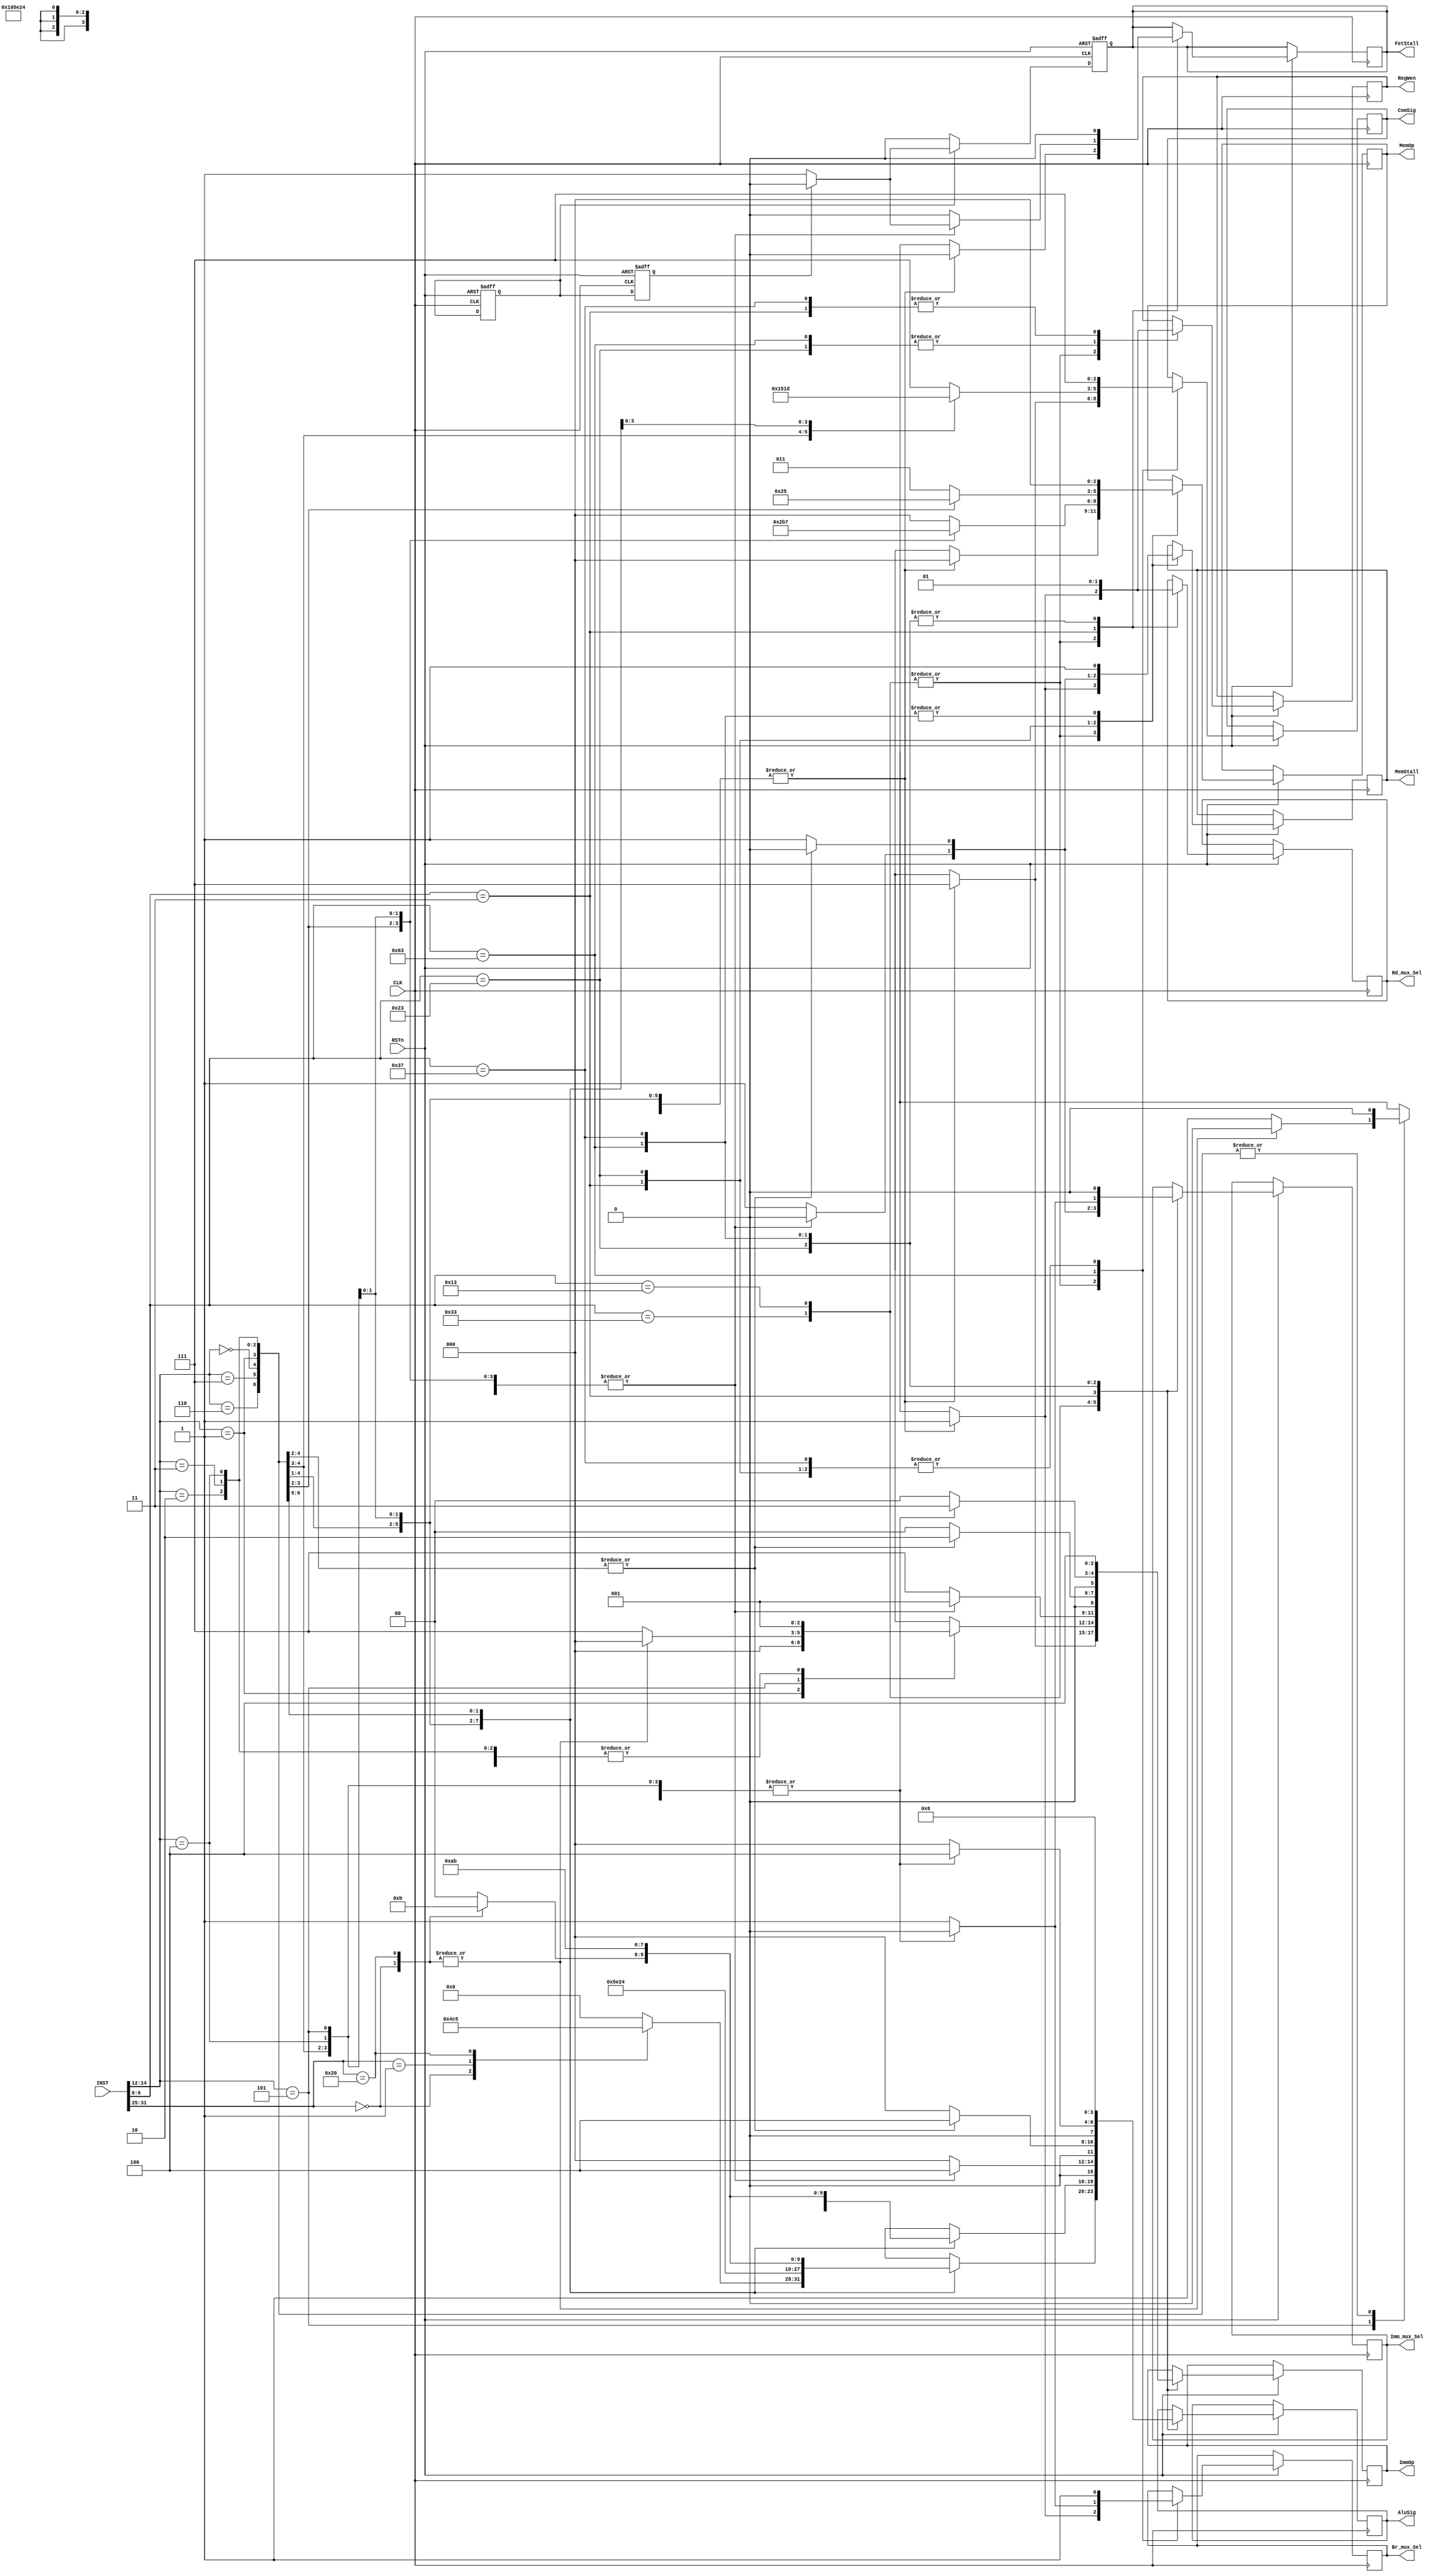
//************************decode************************//
module decode(
	input 				CLK,
	input 				RSTn,
	input  	   [31:0] 	INST,        //instruction
	output reg [ 2:0] 	ImmOp,       //control ImmGen module
	output reg 			RegWen,      //control regfile module
	output reg [ 2:0] 	ComSig,      //control compare module
	output reg [ 3:0] 	AluSig,      //control alu module
	output reg [ 2:0] 	MemOp,       //control mem_wr(DMEM) module
	output reg 			MemStall,    //control mem_wr(DMEN) module stall signal 
	output reg 			FetStall,    //control fetch module stall signal
	output reg 			Imm_mux_Sel, //control rs2 & imm mux
	output reg 			Br_mux_Sel,  //control rs1 & PC mux
	output reg 			Rd_mux_Sel   //control rd & Rdata mux

);


//*******************instruction Op def****************//
localparam Rtype  = 7'b0110011;
localparam Itype1 = 7'b0010011;
localparam Itype2 = 7'b0000011;
localparam Stype  = 7'b0100011;
localparam Btype  = 7'b1100011;
localparam Utype  = 7'b0110111;


//**********************Funct3 def********************//
localparam Funct3_0 = 3'b000;//Rtype add mul sub;	Itype1 addi;     	Itype2 lb; Stype sb; 	Btype beq  
localparam Funct3_1 = 3'b001;//Rtype sll ;       	Itype1 Slli;     	Itype2 lh; Stype sh; 	Btype bne
localparam Funct3_2 = 3'b010;//Rtype slt;        	Itype1 slti;     	Itype2 lw; Stype sw; 	
localparam Funct3_3 = 3'b011;//Rtype sltu;       	Itype1 sltiu;	 						 	
localparam Funct3_4 = 3'b100;//Rtype xor;        	Itype1 xori;     	Itype2 lbu;          	Btype blt
localparam Funct3_5 = 3'b101;//Rtype sra srl;    	Itype1 srai srli;	Itype2 lhu;          	Btype bge 
localparam Funct3_6 = 3'b110;//Rtype or;         	Itype1 ori;                           	 	Btype bltu
localparam Funct3_7 = 3'b111;//Rtype and;        	Itype1 addi;                          	 	Btype bgeu     


//**********************Funct7 def********************//
localparam Funct7_0 = 7'b0000000;
localparam Funct7_1 = 7'b0000001;
localparam Funct7_2 = 7'b0100000;


reg FetStall1;
reg FetStall2;


//************************Main************************//
always @(posedge CLK or negedge RSTn) 
begin
	if (!RSTn) 
		begin
			FetStall2 <= 0;		
		end
	else 
		begin
			FetStall2 <= FetStall1;	
		end
end

always @(posedge CLK or negedge RSTn) 
begin
	if (!RSTn) 
		begin
			FetStall <= 0;		
		end
	else if (FetStall1 == 1) 
		begin
			FetStall <= (FetStall2 == 0) ? 1 : 0;
		end
	else
		FetStall <= 0;
end


always@(posedge CLK or negedge RSTn)
  	begin
  		if (!RSTn)
  		begin
  			FetStall1 <=1'b0;
  			
			end
  		else
  			begin
  				case(INST[6:0])
  	  				Rtype :
  	    				begin
  	      					case(INST[14:12])
  	        					Funct3_0: //add mul sub
  	          						begin
  	            						case(INST[31:25])
  	              							Funct7_0: //add
  	                							begin
  	                  								ImmOp		<= 3'b111;
  	                  								RegWen		<= 1;
  	                  								ComSig		<= 3'b111;
  	                  								Imm_mux_Sel	<= 1;
  	                  								Br_mux_Sel	<= 1;
  	                  								AluSig		<= 4'b0100;
  	                  								Rd_mux_Sel	<= 1;
  	                  								MemOp		<= 3'b000;
  	                  								MemStall	<= 1;
  	                  								FetStall 	<= 0;
  	                  
  	                							end
  	              							Funct7_1: //mul
  	              							  	begin
  	              							  	  	ImmOp		<= 3'b111;
  	              							  	  	RegWen		<= 1;
  	              							  	  	ComSig		<= 3'b111;
  	              							  	  	Imm_mux_Sel	<= 1;
  	              							  	  	Br_mux_Sel	<= 1;
  	              							  	  	AluSig		<= 4'b1100;
  	              							  	  	Rd_mux_Sel	<= 1;
  	              							  	  	MemOp		<= 3'b000;
  	              							  	  	MemStall	<= 1;
  	              							  	  	FetStall 	<= 0;
  	              							  	end
  	              							Funct7_2: //sub
  	              							  	begin
  	              							  	  	ImmOp		<= 3'b111;
  	              							  	  	RegWen		<= 1;
  	              							  	  	ComSig		<= 3'b111;
  	              							  	  	Imm_mux_Sel	<= 1;
  	              							  	  	Br_mux_Sel	<= 1;
  	              							  	  	AluSig		<= 4'b0101;
  	              							  	  	Rd_mux_Sel	<= 1;
  	              							  	  	MemOp		<= 3'b000;
  	              							  	  	MemStall	<= 1;
  	              							  	  	FetStall 	<= 0;
  	              							  	end 
  	              							default:
  	              							  	begin
  	              							  	  	ImmOp		<= 3'b111;
  	              							  	  	RegWen		<= 1;
  	              							  	  	ComSig		<= 3'b111;
  	              							  	  	Imm_mux_Sel	<= 1;
  	              							  	  	Br_mux_Sel	<= 1;
  	              							  	  	AluSig		<= 4'b0000;
  	              							  	  	Rd_mux_Sel	<= 1;
  	              							  	  	MemOp		<= 3'b000;
  	              							  	  	MemStall	<= 1;
  	              							  	  	FetStall 	<= 0;
  	              							  	end           
  	            						endcase 
  	          						end
  	        					Funct3_1: //sll
  	        					  	begin
  	        					  	  	ImmOp		<= 3'b111;
  	        					  	  	RegWen		<= 1;
  	        					  	  	ComSig		<= 3'b111;
  	        					  	  	Imm_mux_Sel	<= 1;
  	        					  	  	Br_mux_Sel	<= 1;
  	        					  	  	AluSig		<= 4'b0001;
  	        					  	  	Rd_mux_Sel	<= 1;
  	        					  	  	MemOp		<= 3'b000;
  	        					  	  	MemStall	<= 1;
  	        					  	  	FetStall 	<= 0;
  	        					  	end
  	        					Funct3_2: //slt
  	        					  	begin
  	        					  	  	ImmOp		<= 3'b111;
  	        					  	  	RegWen		<= 1;
  	        					  	  	ComSig		<= 3'b111;
  	        					  	  	Imm_mux_Sel	<= 1;
  	        					  	  	Br_mux_Sel	<= 1;
  	        					  	  	AluSig		<= 4'b0111;
  	        					  	  	Rd_mux_Sel	<= 1;
  	        					  	  	MemOp		<= 3'b000;
  	        					  	  	MemStall	<= 1;
  	        					  	  	FetStall 	<= 0;
  	        					  	end
  	        					Funct3_3: //sltu
  	        					  	begin
  	        					  	  	ImmOp		<= 3'b111;
  	        					  	  	RegWen		<= 1;
  	        					  	  	ComSig		<= 3'b111;
  	        					  	  	Imm_mux_Sel	<= 1;
  	        					  	  	Br_mux_Sel	<= 1;
  	        					  	  	AluSig		<= 4'b1000;
  	        					  	  	Rd_mux_Sel	<= 1;
  	        					  	  	MemOp		<= 3'b000;
  	        					  	  	MemStall	<= 1;
  	        					  	  	FetStall 	<= 0;
  	        					  	end
  	        					Funct3_4: //xor
  	        					  	begin
  	        					  	  	ImmOp		<= 3'b111;
  	        					  	  	RegWen		<= 1;
  	        					  	  	ComSig		<= 3'b111;
  	        					  	  	Imm_mux_Sel	<= 1;
  	        					  	  	Br_mux_Sel	<= 1;
  	        					  	  	AluSig		<= 4'b1001;
  	        					  	  	Rd_mux_Sel	<= 1;
  	        					  	  	MemOp		<= 3'b000;
  	        					  	  	MemStall	<= 1;
  	        					  	  	FetStall 	<= 0;
  	        					  	end            
  	        					 
  	        					Funct3_5: //sra srl
  	        					  	case(INST[31:25])
  	        					  	  	Funct7_0: //srl
  	        					  	  	  	begin
  	        					  	  	  	  	ImmOp		<= 3'b111;
  	        					  	  	  	  	RegWen		<= 1;
  	        					  	  	  	  	ComSig		<= 3'b111;
  	        					  	  	  	  	Imm_mux_Sel	<= 1;
  	        					  	  	  	  	Br_mux_Sel	<= 1;
  	        					  	  	  	  	AluSig		<= 4'b0010;
  	        					  	  	  	  	Rd_mux_Sel	<= 1;
  	        					  	  	  	  	MemOp		<= 3'b000;
  	        					  	  	  	  	MemStall	<= 1; 
  	        					  	  	  	  	FetStall 	<= 0;                
  	        					  	  	  	end
  	        					  	  	Funct7_2: //sra
  	        					  	  	  	begin
  	        					  	  	  	  	ImmOp		<= 3'b111;
  	        					  	  	  	  	RegWen		<= 1;
  	        					  	  	  	  	ComSig		<= 3'b111;
  	        					  	  	  	  	Imm_mux_Sel	<= 1;
  	        					  	  	  	  	Br_mux_Sel	<= 1;
  	        					  	  	  	  	AluSig		<= 4'b0011;
  	        					  	  	  	  	Rd_mux_Sel	<= 1;
  	        					  	  	  	  	MemOp		<= 3'b000;
  	        					  	  	  	  	MemStall	<= 1; 
  	        					  	  	  	  	FetStall 	<= 0;                         
  	        					  	  	  	end
  	        					  	  	default:
  	        					  	  	  	begin
  	        					  	  	  	  	ImmOp		<= 3'b111;
  	        					  	  	  	  	RegWen		<= 1;
  	        					  	  	  	  	ComSig		<= 3'b111;
  	        					  	  	  	  	Imm_mux_Sel	<= 1;
  	        					  	  	  	  	Br_mux_Sel	<= 1;
  	        					  	  	  	  	AluSig		<= 4'b0000;
  	        					  	  	  	  	Rd_mux_Sel	<= 1;
  	        					  	  	  	  	MemOp		<= 3'b000;
  	        					  	  	  	  	MemStall	<= 1; 
  	        					  	  	  	  	FetStall 	<= 0;                       
  	        					  	  	  	end
  	        					  endcase
  	        					Funct3_6: //or
  	        					  	begin
  	        					  	  	ImmOp		<= 3'b111;
  	        					  	  	RegWen		<= 1;
  	        					  	  	ComSig		<= 3'b111;
  	        					  	  	Imm_mux_Sel	<= 1;
  	        					  	  	Br_mux_Sel	<= 1;
  	        					  	  	AluSig		<= 4'b1010;
  	        					  	  	Rd_mux_Sel	<= 1;
  	        					  	  	MemOp		<= 3'b000;
  	        					  	  	MemStall	<= 1;
  	        					  	  	FetStall 	<= 0;
  	        					  	end              
  	        					Funct3_7: //and
  	        					  	begin
  	        					  	  	ImmOp		<= 3'b111;
  	        					  	  	RegWen		<= 1;
  	        					  	  	ComSig		<= 3'b111;
  	        					  	  	Imm_mux_Sel	<= 1;
  	        					  	  	Br_mux_Sel	<= 1;
  	        					  	  	AluSig		<= 4'b1011;
  	        					  	  	Rd_mux_Sel	<= 1;
  	        					  	  	MemOp		<= 3'b000;
  	        					  	  	MemStall	<= 1;
  	        					  	  	FetStall 	<= 0;
  	        					  	end                
  	      					endcase
  	    				end
  	  				Itype1:
  	  				  	begin
  	  				  	  	case(INST[14:12])
  	  				  	  	  	Funct3_0: //addi
  	  				  	  	  	  	begin
  	  				  	  	  	  	  	ImmOp		<= 3'b001;
  	  				  	  	  	  	  	RegWen		<= 1;
  	  				  	  	  	  	  	ComSig		<= 3'b111;
  	  				  	  	  	  	  	Imm_mux_Sel	<= 0;
  	  				  	  	  	  	  	Br_mux_Sel	<= 1;
  	  				  	  	  	  	  	AluSig		<= 4'b0100;
  	  				  	  	  	  	  	Rd_mux_Sel	<= 1;
  	  				  	  	  	  	  	MemOp		<= 3'b000;
  	  				  	  	  	  	  	MemStall	<= 1;
  	  				  	  	  	  	  	FetStall 	<= 0;              
  	  				  	  	  	  	end
  	  				  	  	  	Funct3_1: //slli
  	  				  	  	  	  	begin
  	  				  	  	  	  	  	ImmOp		<= 3'b000;
  	  				  	  	  	  	  	RegWen		<= 1;
  	  				  	  	  	  	  	ComSig		<= 3'b111;
  	  				  	  	  	  	  	Imm_mux_Sel	<= 0;
  	  				  	  	  	  	  	Br_mux_Sel	<= 1;
  	  				  	  	  	  	  	AluSig		<= 4'b0001;
  	  				  	  	  	  	  	Rd_mux_Sel	<= 1;
  	  				  	  	  	  	  	MemOp		<= 3'b000;
  	  				  	  	  	  	  	MemStall	<= 1; 
  	  				  	  	  	  	  	FetStall 	<= 0;             
  	  				  	  	  	  	end          
  	  				  	  	  	Funct3_2: //slti
  	  				  	  	  	  	begin
  	  				  	  	  	  	  	ImmOp		<= 3'b001;
  	  				  	  	  	  	  	RegWen		<= 1;
  	  				  	  	  	  	  	ComSig		<= 3'b111;
  	  				  	  	  	  	  	Imm_mux_Sel	<= 0;
  	  				  	  	  	  	  	Br_mux_Sel	<= 1;
  	  				  	  	  	  	  	AluSig		<= 4'b0111;
  	  				  	  	  	  	  	Rd_mux_Sel	<= 1;
  	  				  	  	  	  	  	MemOp		<= 3'b000;
  	  				  	  	  	  	  	MemStall	<= 1; 
  	  				  	  	  	  	  	FetStall 	<= 0;             
  	  				  	  	  	  	end                  
  	  				  	  	  	Funct3_3: //sltiu
  	  				  	  	  	  	begin
  	  				  	  	  	  	  	ImmOp		<= 3'b001;
  	  				  	  	  	  	  	RegWen		<= 1;
  	  				  	  	  	  	  	ComSig		<= 3'b111;
  	  				  	  	  	  	  	Imm_mux_Sel	<= 0;
  	  				  	  	  	  	  	Br_mux_Sel	<= 1;
  	  				  	  	  	  	  	AluSig		<= 4'b1000;
  	  				  	  	  	  	  	Rd_mux_Sel	<= 1;
  	  				  	  	  	  	  	MemOp		<= 3'b000;
  	  				  	  	  	  	  	MemStall	<= 1; 
  	  				  	  	  	  	  	FetStall 	<= 0;             
  	  				  	  	  	  	end                  
  	  				  	  	  	Funct3_4: //xori
  	  				  	  	  	  	begin
  	  				  	  	  	  	  	ImmOp		<= 3'b001;
  	  				  	  	  	  	  	RegWen		<= 1;
  	  				  	  	  	  	  	ComSig		<= 3'b111;
  	  				  	  	  	  	  	Imm_mux_Sel	<= 0;
  	  				  	  	  	  	  	Br_mux_Sel	<= 1;
  	  				  	  	  	  	  	AluSig		<= 4'b1001;
  	  				  	  	  	  	  	Rd_mux_Sel	<= 1;
  	  				  	  	  	  	  	MemOp		<= 3'b000;
  	  				  	  	  	  	  	MemStall	<= 1; 
  	  				  	  	  	  	  	FetStall 	<= 0;             
  	  				  	  	  	  	end                  
  	  				  	  	  	Funct3_5: //srai srli
  	  				  	  	  	  	begin
  	  				  	  	  	  	  	case(INST[31:25])
  	  				  	  	  	  	  	  	Funct7_0: //srli
  	  				  	  	  	  	  	  	  	begin
  	  				  	  	  	  	  	  	  	  	ImmOp		<= 3'b000;
  	  				  	  	  	  	  	  	  	  	RegWen		<= 1;
  	  				  	  	  	  	  	  	  	  	ComSig		<= 3'b111;
  	  				  	  	  	  	  	  	  	  	Imm_mux_Sel	<= 0;
  	  				  	  	  	  	  	  	  	  	Br_mux_Sel	<= 1;
  	  				  	  	  	  	  	  	  	  	AluSig		<= 4'b0010;
  	  				  	  	  	  	  	  	  	  	Rd_mux_Sel	<= 1;
  	  				  	  	  	  	  	  	  	  	MemOp		<= 3'b000;
  	  				  	  	  	  	  	  	  	  	MemStall	<= 1;
  	  				  	  	  	  	  	  	  	  	FetStall 	<= 0;      
  	  				  	  	  	  	  	  	  	end
  	  				  	  	  	  	  	  	Funct7_2: //srai
  	  				  	  	  	  	  	  	  	begin
  	  				  	  	  	  	  	  	  	  	ImmOp		<= 3'b000;
  	  				  	  	  	  	  	  	  	  	RegWen		<= 1;
  	  				  	  	  	  	  	  	  	  	ComSig		<= 3'b111;
  	  				  	  	  	  	  	  	  	  	Imm_mux_Sel	<= 0;
  	  				  	  	  	  	  	  	  	  	Br_mux_Sel	<= 1;
  	  				  	  	  	  	  	  	  	  	AluSig		<= 4'b0011;
  	  				  	  	  	  	  	  	  	  	Rd_mux_Sel	<= 1;
  	  				  	  	  	  	  	  	  	  	MemOp		<= 3'b000;
  	  				  	  	  	  	  	  	  	  	MemStall	<= 1;
  	  				  	  	  	  	  	  	  	  	FetStall 	<= 0;      
  	  				  	  	  	  	  	  	  	end  
  	  				  	  	  	  	  	  	default:
  	  				  	  	  	  	  	  	  	begin
  	  				  	  	  	  	  	  	  	  	ImmOp		<= 3'b111;
  	  				  	  	  	  	  	  	  	  	RegWen		<= 1;
  	  				  	  	  	  	  	  	  	  	ComSig		<= 3'b111;
  	  				  	  	  	  	  	  	  	  	Imm_mux_Sel	<= 1;
  	  				  	  	  	  	  	  	  	  	Br_mux_Sel	<= 1;
  	  				  	  	  	  	  	  	  	  	AluSig		<= 4'b0000;
  	  				  	  	  	  	  	  	  	  	Rd_mux_Sel	<= 1;
  	  				  	  	  	  	  	  	  	  	MemOp		<= 3'b000;
  	  				  	  	  	  	  	  	  	  	MemStall	<= 1; 
  	  				  	  	  	  	  	  	  	  	FetStall 	<= 0;     
  	  				  	  	  	  	  	  	  	end               
  	  				  	  	  	  	  	endcase
  	  				  	  	  	  	end
  	  				  	  	  	Funct3_6: //ori
  	  				  	  	  	  	begin
  	  				  	  	  	  	  	ImmOp		<= 3'b001;
  	  				  	  	  	  	  	RegWen		<= 1;
  	  				  	  	  	  	  	ComSig		<= 3'b111;
  	  				  	  	  	  	  	Imm_mux_Sel	<= 0;
  	  				  	  	  	  	  	Br_mux_Sel	<= 1;
  	  				  	  	  	  	  	AluSig		<= 4'b1010;
  	  				  	  	  	  	  	Rd_mux_Sel	<= 1;
  	  				  	  	  	  	  	MemOp		<= 3'b000;
  	  				  	  	  	  	  	MemStall	<= 1; 
  	  				  	  	  	  	  	FetStall 	<= 0;             
  	  				  	  	  	  	end                      
  	  				  	  	  	Funct3_7: //andi
  	  				  	  	  	  	begin
  	  				  	  	  	  	  	ImmOp		<= 3'b001;
  	  				  	  	  	  	  	RegWen		<= 1;
  	  				  	  	  	  	  	ComSig		<= 3'b111;
  	  				  	  	  	  	  	Imm_mux_Sel	<= 0;
  	  				  	  	  	  	  	Br_mux_Sel	<= 1;
  	  				  	  	  	  	  	AluSig		<= 4'b1011;
  	  				  	  	  	  	  	Rd_mux_Sel	<= 1;
  	  				  	  	  	  	  	MemOp		<= 3'b000;
  	  				  	  	  	  	  	MemStall	<= 1;
  	  				  	  	  	  	  	FetStall 	<= 0;              
  	  				  	  	  	  	end                    
  	  				  	  	endcase
  	  				  	end
  	  				Itype2:
  	  				  	begin
  	  				  	  	case(INST[14:12])
  	  				  	  	  	Funct3_0: //lb
  	  				  	  	  	  	begin
  	  				  	  	  	  	  	ImmOp		<= 3'b001;
  	  				  	  	  	  	  	RegWen		<= 1;
  	  				  	  	  	  	  	ComSig		<= 3'b111;
  	  				  	  	  	  	  	Imm_mux_Sel	<= 0;
  	  				  	  	  	  	  	Br_mux_Sel	<= 1;
  	  				  	  	  	  	  	AluSig		<= 4'b0100;
  	  				  	  	  	  	  	Rd_mux_Sel	<= 0;
  	  				  	  	  	  	  	MemOp		<= 3'b000;
  	  				  	  	  	  	  	MemStall	<= 0;
  	  				  	  	  	  	  	FetStall 	<= (FetStall2==0) ? 1 : 0 ;              
  	  				  	  	  	  	end               
  	  				  	  	  	Funct3_1: //lh
  	  				  	  	  	  	begin
  	  				  	  	  	  	  	ImmOp		<= 3'b001;
  	  				  	  	  	  	  	RegWen		<= 1;
  	  				  	  	  	  	  	ComSig		<= 3'b111;
  	  				  	  	  	  	  	Imm_mux_Sel	<= 0;
  	  				  	  	  	  	  	Br_mux_Sel	<= 1;
  	  				  	  	  	  	  	AluSig		<= 4'b0100;
  	  				  	  	  	  	  	Rd_mux_Sel	<= 0;
  	  				  	  	  	  	  	MemOp		<= 3'b001;
  	  				  	  	  	  	  	MemStall	<= 0; 
  	  				  	  	  	  	  	FetStall 	<= (FetStall2==0) ? 1 : 0 ;             
  	  				  	  	  	  	end                     
  	  				  	  	  	Funct3_2: //lw
  	  				  	  	  	  	begin
  	  				  	  	  	  	  	ImmOp		<= 3'b001;
  	  				  	  	  	  	  	RegWen		<= 1;
  	  				  	  	  	  	  	ComSig		<= 3'b111;
  	  				  	  	  	  	  	Imm_mux_Sel	<= 0;
  	  				  	  	  	  	  	Br_mux_Sel	<= 1;
  	  				  	  	  	  	  	AluSig		<= 4'b0100;
  	  				  	  	  	  	  	Rd_mux_Sel	<= 0;
  	  				  	  	  	  	  	MemOp		<= 3'b010;
  	  				  	  	  	  	  	MemStall	<= 0;
  	  				  	  	  	  	  	FetStall 	<= (FetStall2==0) ? 1 : 0 ;              
  	  				  	  	  	  	end                   
  	  				  	  	  	Funct3_4: //lbu
  	  				  	  	  	  	begin
  	  				  	  	  	  	  	ImmOp		<= 3'b001;
  	  				  	  	  	  	  	RegWen		<= 1;
  	  				  	  	  	  	  	ComSig		<= 3'b111;
  	  				  	  	  	  	  	Imm_mux_Sel	<= 0;
  	  				  	  	  	  	  	Br_mux_Sel	<= 1;
  	  				  	  	  	  	  	AluSig		<= 4'b0100;
  	  				  	  	  	  	  	Rd_mux_Sel	<= 0;
  	  				  	  	  	  	  	MemOp		<= 3'b110;
  	  				  	  	  	  	  	MemStall	<= 0;
  	  				  	  	  	  	  	FetStall 	<= (FetStall2==0) ? 1 : 0 ;              
  	  				  	  	  	  	end                   
  	  				  	  	  	Funct3_5: //lhu
  	  				  	  	  	  	begin
  	  				  	  	  	  	  	ImmOp		<= 3'b001;
  	  				  	  	  	  	  	RegWen		<= 1;
  	  				  	  	  	  	  	ComSig		<= 3'b111;
  	  				  	  	  	  	  	Imm_mux_Sel	<= 0;
  	  				  	  	  	  	  	Br_mux_Sel	<= 1;
  	  				  	  	  	  	  	AluSig		<= 4'b0100;
  	  				  	  	  	  	  	Rd_mux_Sel	<= 0;
  	  				  	  	  	  	  	MemOp		<= 3'b111;
  	  				  	  	  	  	  	MemStall	<= 0;
  	  				  	  	  	  	  	FetStall 	<= (FetStall2==0) ? 1 : 0 ;              
  	  				  	  	  	  	end 
  	  				  	  	  	default:
  	  				  	  	  	  	begin
  	  				  	  	  	  	  	ImmOp		<= 3'b111;
  	  				  	  	  	  	  	RegWen		<= 1;
  	  				  	  	  	  	  	ComSig		<= 3'b111;
  	  				  	  	  	  	  	Imm_mux_Sel	<= 1;
  	  				  	  	  	  	  	Br_mux_Sel	<= 1;
  	  				  	  	  	  	  	AluSig		<= 4'b0000;
  	  				  	  	  	  	  	Rd_mux_Sel	<= 0;
  	  				  	  	  	  	  	MemOp		<= 3'b000;
  	  				  	  	  	  	  	MemStall	<= 1;
  	  				  	  	  	  	  	FetStall 	<= 0;              
  	  				  	  	  	  	end                            
  	  				  	  	endcase
  	  				  	end
  	  				Stype :
  	  				  	begin
  	  				  	  	case(INST[14:12])
  	  				  	  	  	Funct3_0: //sb
  	  				  	  	  	  	begin
  	  				  	  	  	  	  	ImmOp		<= 3'b010;
  	  				  	  	  	  	  	RegWen		<= 0;
  	  				  	  	  	  	  	ComSig		<= 3'b111;
  	  				  	  	  	  	  	Imm_mux_Sel	<= 0;
  	  				  	  	  	  	  	Br_mux_Sel	<= 1;
  	  				  	  	  	  	  	AluSig		<= 4'b0100;
  	  				  	  	  	  	  	Rd_mux_Sel	<= 1;
  	  				  	  	  	  	  	MemOp		<= 3'b011;
  	  				  	  	  	  	  	MemStall	<= 0;
  	  				  	  	  	  	  	FetStall 	<= 0;              
  	  				  	  	  	  	end                   
  	  				  	  	  	Funct3_1: //sh
  	  				  	  	  	  	begin
  	  				  	  	  	  	  	ImmOp		<= 3'b010;
  	  				  	  	  	  	  	RegWen		<= 0;
  	  				  	  	  	  	  	ComSig		<= 3'b111;
  	  				  	  	  	  	  	Imm_mux_Sel	<= 0;
  	  				  	  	  	  	  	Br_mux_Sel	<= 1;
  	  				  	  	  	  	  	AluSig		<= 4'b0100;
  	  				  	  	  	  	  	Rd_mux_Sel	<= 1;
  	  				  	  	  	  	  	MemOp		<= 3'b100;
  	  				  	  	  	  	  	MemStall	<= 0; 
  	  				  	  	  	  	  	FetStall 	<= 0;             
  	  				  	  	  	  	end 
  	  				  	  	  	Funct3_2: //sw
  	  				  	  	  	  	begin
  	  				  	  	  	  	  	ImmOp		<= 3'b010;
  	  				  	  	  	  	  	RegWen		<= 0;
  	  				  	  	  	  	  	ComSig		<= 3'b111;
  	  				  	  	  	  	  	Imm_mux_Sel	<= 0;
  	  				  	  	  	  	  	Br_mux_Sel	<= 1;
  	  				  	  	  	  	  	AluSig		<= 4'b0100;
  	  				  	  	  	  	  	Rd_mux_Sel	<= 1;
  	  				  	  	  	  	  	MemOp		<= 3'b101;
  	  				  	  	  	  	  	MemStall	<= 0; 
  	  				  	  	  	  	  	FetStall 	<= 0;             
  	  				  	  	  	  	end    
  	  				  	  	  	default:
  	  				  	  	  	  	begin
  	  				  	  	  	  	  	ImmOp		<= 3'b000;
  	  				  	  	  	  	  	RegWen		<= 0;
  	  				  	  	  	  	  	ComSig		<= 3'b111;
  	  				  	  	  	  	  	Imm_mux_Sel	<= 1;
  	  				  	  	  	  	  	Br_mux_Sel	<= 1;
  	  				  	  	  	  	  	AluSig		<= 4'b0000;
  	  				  	  	  	  	  	Rd_mux_Sel	<= 1;
  	  				  	  	  	  	  	MemOp		<= 3'b011;
  	  				  	  	  	  	  	MemStall	<= 1;  
  	  				  	  	  	  	  	FetStall 	<= 0;            
  	  				  	  	  	  	end                    
  	  				  	  	endcase
  	  				  	end    
  	  				Btype :
  	  				  	begin
  	  				  	  	case(INST[14:12])
  	  				  	  	  	Funct3_0: //beq
  	  				  	  	  	  	begin
  	  				  	  	  	  	  	ImmOp		<= 3'b011;
  	  				  	  	  	  	  	RegWen		<= 0;
  	  				  	  	  	  	  	ComSig		<= 3'b000;
  	  				  	  	  	  	  	Imm_mux_Sel	<= 0;
  	  				  	  	  	  	  	Br_mux_Sel	<= 0;
  	  				  	  	  	  	  	AluSig		<= 4'b0100;
  	  				  	  	  	  	  	Rd_mux_Sel	<= 1;
  	  				  	  	  	  	  	MemOp		<= 3'b000;
  	  				  	  	  	  	  	MemStall	<= 1;
  	  				  	  	  	  	  	FetStall 	<= 0;              
  	  				  	  	  	  	end                 
  	  				  	  	  	Funct3_1: //bne
  	  				  	  	  	  	begin
  	  				  	  	  	  	  	ImmOp		<= 3'b011;
  	  				  	  	  	  	  	RegWen		<= 0;
  	  				  	  	  	  	  	ComSig		<= 3'b001;
  	  				  	  	  	  	  	Imm_mux_Sel	<= 0;
  	  				  	  	  	  	  	Br_mux_Sel	<= 0;
  	  				  	  	  	  	  	AluSig		<= 4'b0100;
  	  				  	  	  	  	  	Rd_mux_Sel	<= 1;
  	  				  	  	  	  	  	MemOp		<= 3'b000;
  	  				  	  	  	  	  	MemStall	<= 1;  
  	  				  	  	  	  	  	FetStall 	<= 0;            
  	  				  	  	  	  	end                 
  	  				  	  	  	Funct3_4: //blt
  	  				  	  	  	  	begin
  	  				  	  	  	  	  	ImmOp		<= 3'b011;
  	  				  	  	  	  	  	RegWen		<= 0;
  	  				  	  	  	  	  	ComSig		<= 3'b010;
  	  				  	  	  	  	  	Imm_mux_Sel	<= 0;
  	  				  	  	  	  	  	Br_mux_Sel	<= 0;
  	  				  	  	  	  	  	AluSig		<= 4'b0100;
  	  				  	  	  	  	  	Rd_mux_Sel	<= 1;
  	  				  	  	  	  	  	MemOp		<= 3'b000;
  	  				  	  	  	  	  	MemStall	<= 1;  
  	  				  	  	  	  	  	FetStall 	<= 0;            
  	  				  	  	  	  	end                 
  	  				  	  	  	Funct3_5: //bge
  	  				  	  	  	  	begin
  	  				  	  	  	  	  	ImmOp		<= 3'b011;
  	  				  	  	  	  	  	RegWen		<= 0;
  	  				  	  	  	  	  	ComSig		<= 3'b100;
  	  				  	  	  	  	  	Imm_mux_Sel	<= 0;
  	  				  	  	  	  	  	Br_mux_Sel	<= 0;
  	  				  	  	  	  	  	AluSig		<= 4'b0100;
  	  				  	  	  	  	  	Rd_mux_Sel	<= 1;
  	  				  	  	  	  	  	MemOp		<= 3'b000;
  	  				  	  	  	  	  	MemStall	<= 1; 
  	  				  	  	  	  	  	FetStall 	<= 0;             
  	  				  	  	  	  	end                 
  	  				  	  	  	Funct3_6: //bltu
  	  				  	  	  	  	begin
  	  				  	  	  	  	  	ImmOp		<= 3'b011;
  	  				  	  	  	  	  	RegWen		<= 0;
  	  				  	  	  	  	  	ComSig		<= 3'b011;
  	  				  	  	  	  	  	Imm_mux_Sel	<= 0;
  	  				  	  	  	  	  	Br_mux_Sel	<= 0;
  	  				  	  	  	  	  	AluSig		<= 4'b0100;
  	  				  	  	  	  	  	Rd_mux_Sel	<= 1;
  	  				  	  	  	  	  	MemOp		<= 3'b000;
  	  				  	  	  	  	  	MemStall	<= 1; 
  	  				  	  	  	  	  	FetStall 	<= 0;             
  	  				  	  	  	  	end                 
  	  				  	  	  	Funct3_7: //bgeu
  	  				  	  	  	  	begin
  	  				  	  	  	  	  	ImmOp		<= 3'b011;
  	  				  	  	  	  	  	RegWen		<= 0;
  	  				  	  	  	  	  	ComSig		<= 3'b101;
  	  				  	  	  	  	  	Imm_mux_Sel	<= 0;
  	  				  	  	  	  	  	Br_mux_Sel	<= 0;
  	  				  	  	  	  	  	AluSig		<= 4'b0100;
  	  				  	  	  	  	  	Rd_mux_Sel	<= 1;
  	  				  	  	  	  	  	MemOp		<= 3'b000;
  	  				  	  	  	  	  	MemStall	<= 1;  
  	  				  	  	  	  	  	FetStall 	<= 0;            
  	  				  	  	  	  	end 
  	  				  	  	  	default:
  	  				  	  	  	  	begin
  	  				  	  	  	  	  	ImmOp		<= 3'b000;
  	  				  	  	  	  	  	RegWen		<= 0;
  	  				  	  	  	  	  	ComSig		<= 3'b111;
  	  				  	  	  	  	  	Imm_mux_Sel	<= 1;
  	  				  	  	  	  	  	Br_mux_Sel	<= 1;
  	  				  	  	  	  	  	AluSig		<= 4'b0000;
  	  				  	  	  	  	  	Rd_mux_Sel	<= 1;
  	  				  	  	  	  	  	MemOp		<= 3'b000;
  	  				  	  	  	  	  	MemStall	<= 1;   
  	  				  	  	  	  	  	FetStall 	<= 0;           
  	  				  	  	  	  	end                                    
  	  				  	  	endcase
  	  				  	end    
  	  				Utype : //lui
  	  				  	begin
  	  				  	  	ImmOp		<= 3'b100;
  	  				  	  	RegWen		<= 1;
  	  				  	  	ComSig		<= 3'b111;
  	  				  	  	Imm_mux_Sel	<= 0;
  	  				  	  	Br_mux_Sel	<= 1;
  	  				  	  	AluSig		<= 4'b0110;
  	  				  	  	Rd_mux_Sel	<= 1;
  	  				  	  	MemOp		<= 3'b000;
  	  				  	  	MemStall	<= 1; 
  	  				  	  	FetStall 	<= 0;             
  	  				  	end                 
  				endcase
  			end
  	end
endmodule